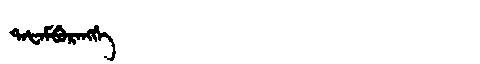
Manchu: ᡨᠠᡶᠠᠮᠪᡠᡵᠠᠩᡤᡝ
Romanization: TAFAMBURANGGE